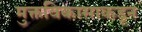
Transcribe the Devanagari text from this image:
मुक्तविकासाकडून